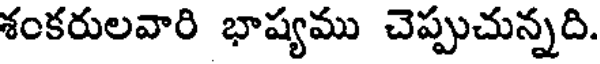
శంకరులవారి భాష్యము చెప్పుచున్నది.